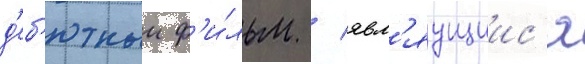
д'еб'ютныи ф'и́льм / явл'яущиис'я